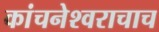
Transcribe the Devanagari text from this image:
कांचनेश्वराचाच